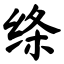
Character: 绦